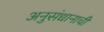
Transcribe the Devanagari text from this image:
अनुसंधानाची